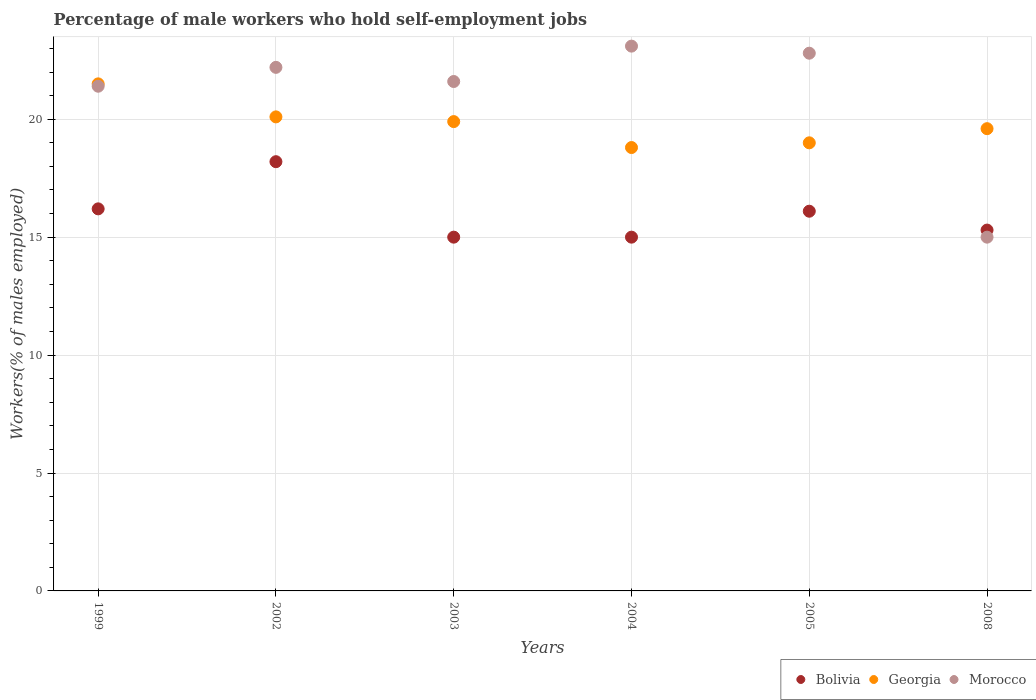
| Years | Bolivia | Georgia | Morocco |
 | --- | --- | --- | --- |
 | 1999 | 16.2 | 21.5 | 21.4 |
 | 2002 | 18.2 | 20.1 | 22.2 |
 | 2003 | 15 | 19.9 | 21.6 |
 | 2004 | 15 | 18.8 | 23.1 |
 | 2005 | 16.1 | 19 | 22.8 |
 | 2008 | 15.3 | 19.6 | 15 |